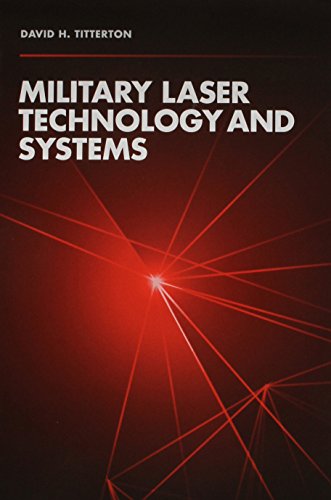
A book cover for Military Laser Technology and Systems; David H. Titterton; Science & Math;